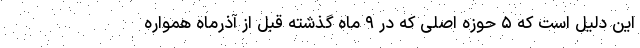
این دلیل است که ۵ حوزه اصلی که در ۹ ماه گذشته قبل از آذرماه همواره